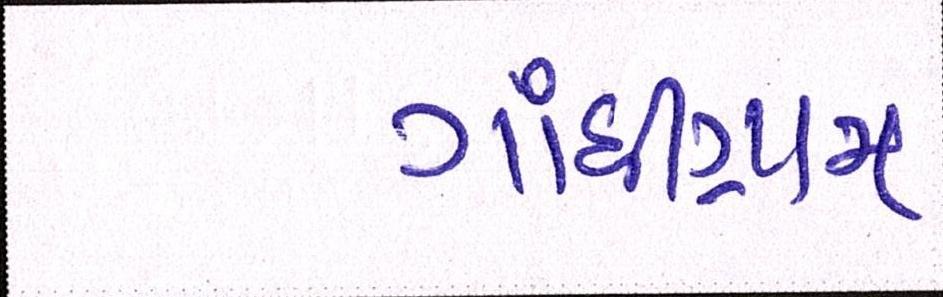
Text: ગાંધીગ્રામ